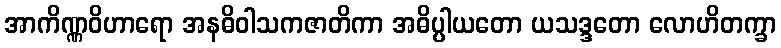
အာကိဏ္ဏဝိဟာရော အနဓိဝါသကဇာတိကာ အဓိပ္ပါယတော ယသဒ္ဒတော လောဟိတက္ခာ